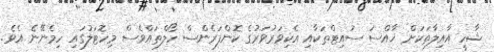
ޝާހީ އާއިލާތަކަށް ޚާއްސަ ސުއިޓްތަކާއި އެކިވަރުވަރުގެ ކޮންފަރެންސް ހޯލްތައްވެސް މިހޮޓަލުގައި ހިމެނޭނެ އެވެ.